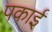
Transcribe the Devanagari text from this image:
पकाईं